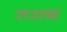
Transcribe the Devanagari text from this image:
१९११या